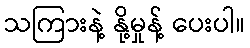
သကြားနဲ့ နို့မှုန့် ပေးပါ။